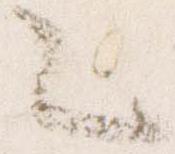
々